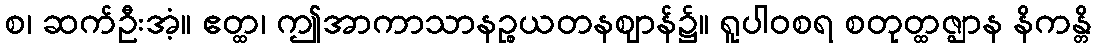
စ၊ ဆက်ဦးအံ့။ ဧတ္ထ၊ ဤအာကာသာနဉ္စယတနဈာန်၌။ ရူပါဝစရ စတုတ္ထဇ္ဈာန နိကန္တိ